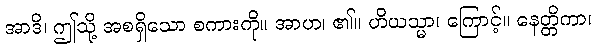
အာဒိ၊ ဤသို့ အစရှိသော စကားကို။ အာဟ၊ ၏။ ဟိယသ္မာ၊ ကြောင့်။ နေတ္တိကာ၊